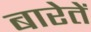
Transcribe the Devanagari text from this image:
बारेतें